Structure of Hæmatopota pluvialis (Meigen) - Number 55
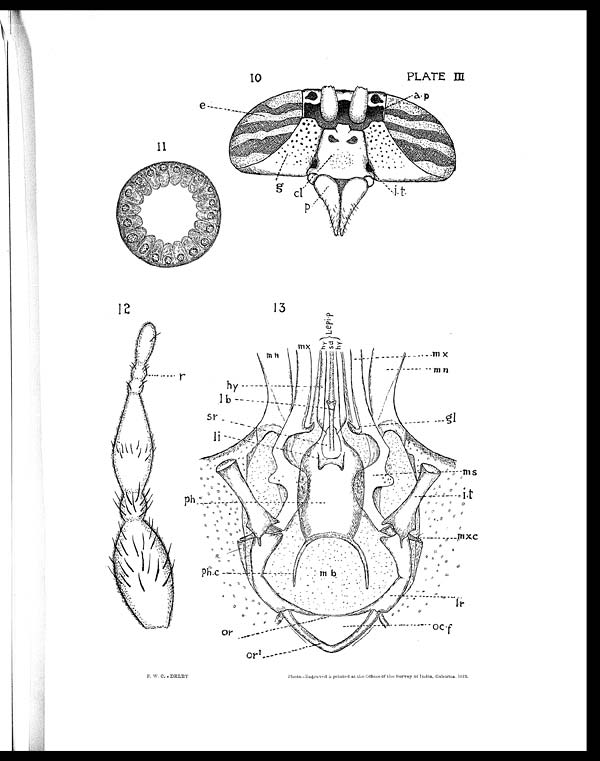
PLATE III
F. W. C. DELET
P h o t o . - E n g r a v e d & p r i n t e d a t t h e O f f i c e s o f t h e S u r v e y o f I n d i a , C a l c u t t a , 1 9 1 2 .